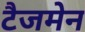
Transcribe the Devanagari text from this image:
टैजमेन